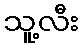
သူ့လီး